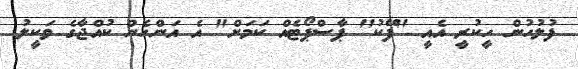
ފުލުހުން ހީކުރީ އެއީ "ފޭކު" ޕާސްޕޯޓެއް ކަމަށް" އެ އަންހެން ކުއްޖާގެ ވަކީލު